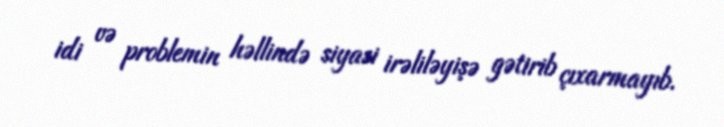
idi və problemin həllində siyasi irəliləyişə gətirib çıxarmayıb.